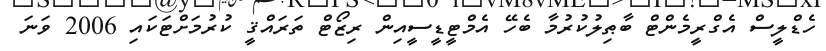
ހެޑްލީސް އެގްރީމެންޓް ބާޠިލުކުރުމާ ބެހޭ އެމްޓީޑީސީއިން ރިޒޯޓް ތަރައްޤީ ކުރުމަށްޓަކައި 2006 ވަނަ